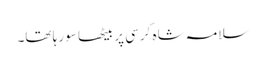
سلامہ شاہ کرسی پر بیٹھا سو رہا تھا۔